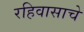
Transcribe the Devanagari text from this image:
रहिवासाचे